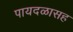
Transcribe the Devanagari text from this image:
पायदळासह